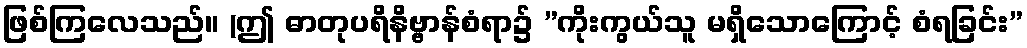
ဖြစ်ကြလေသည်။ (ဤ ဓာတုပရိနိဗ္ဗာန်စံရာ၌ ”ကိုးကွယ်သူ မရှိသောကြောင့် စံရခြင်း”